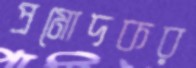
প্রমোদকর